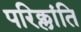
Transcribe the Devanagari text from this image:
परिक्लांति